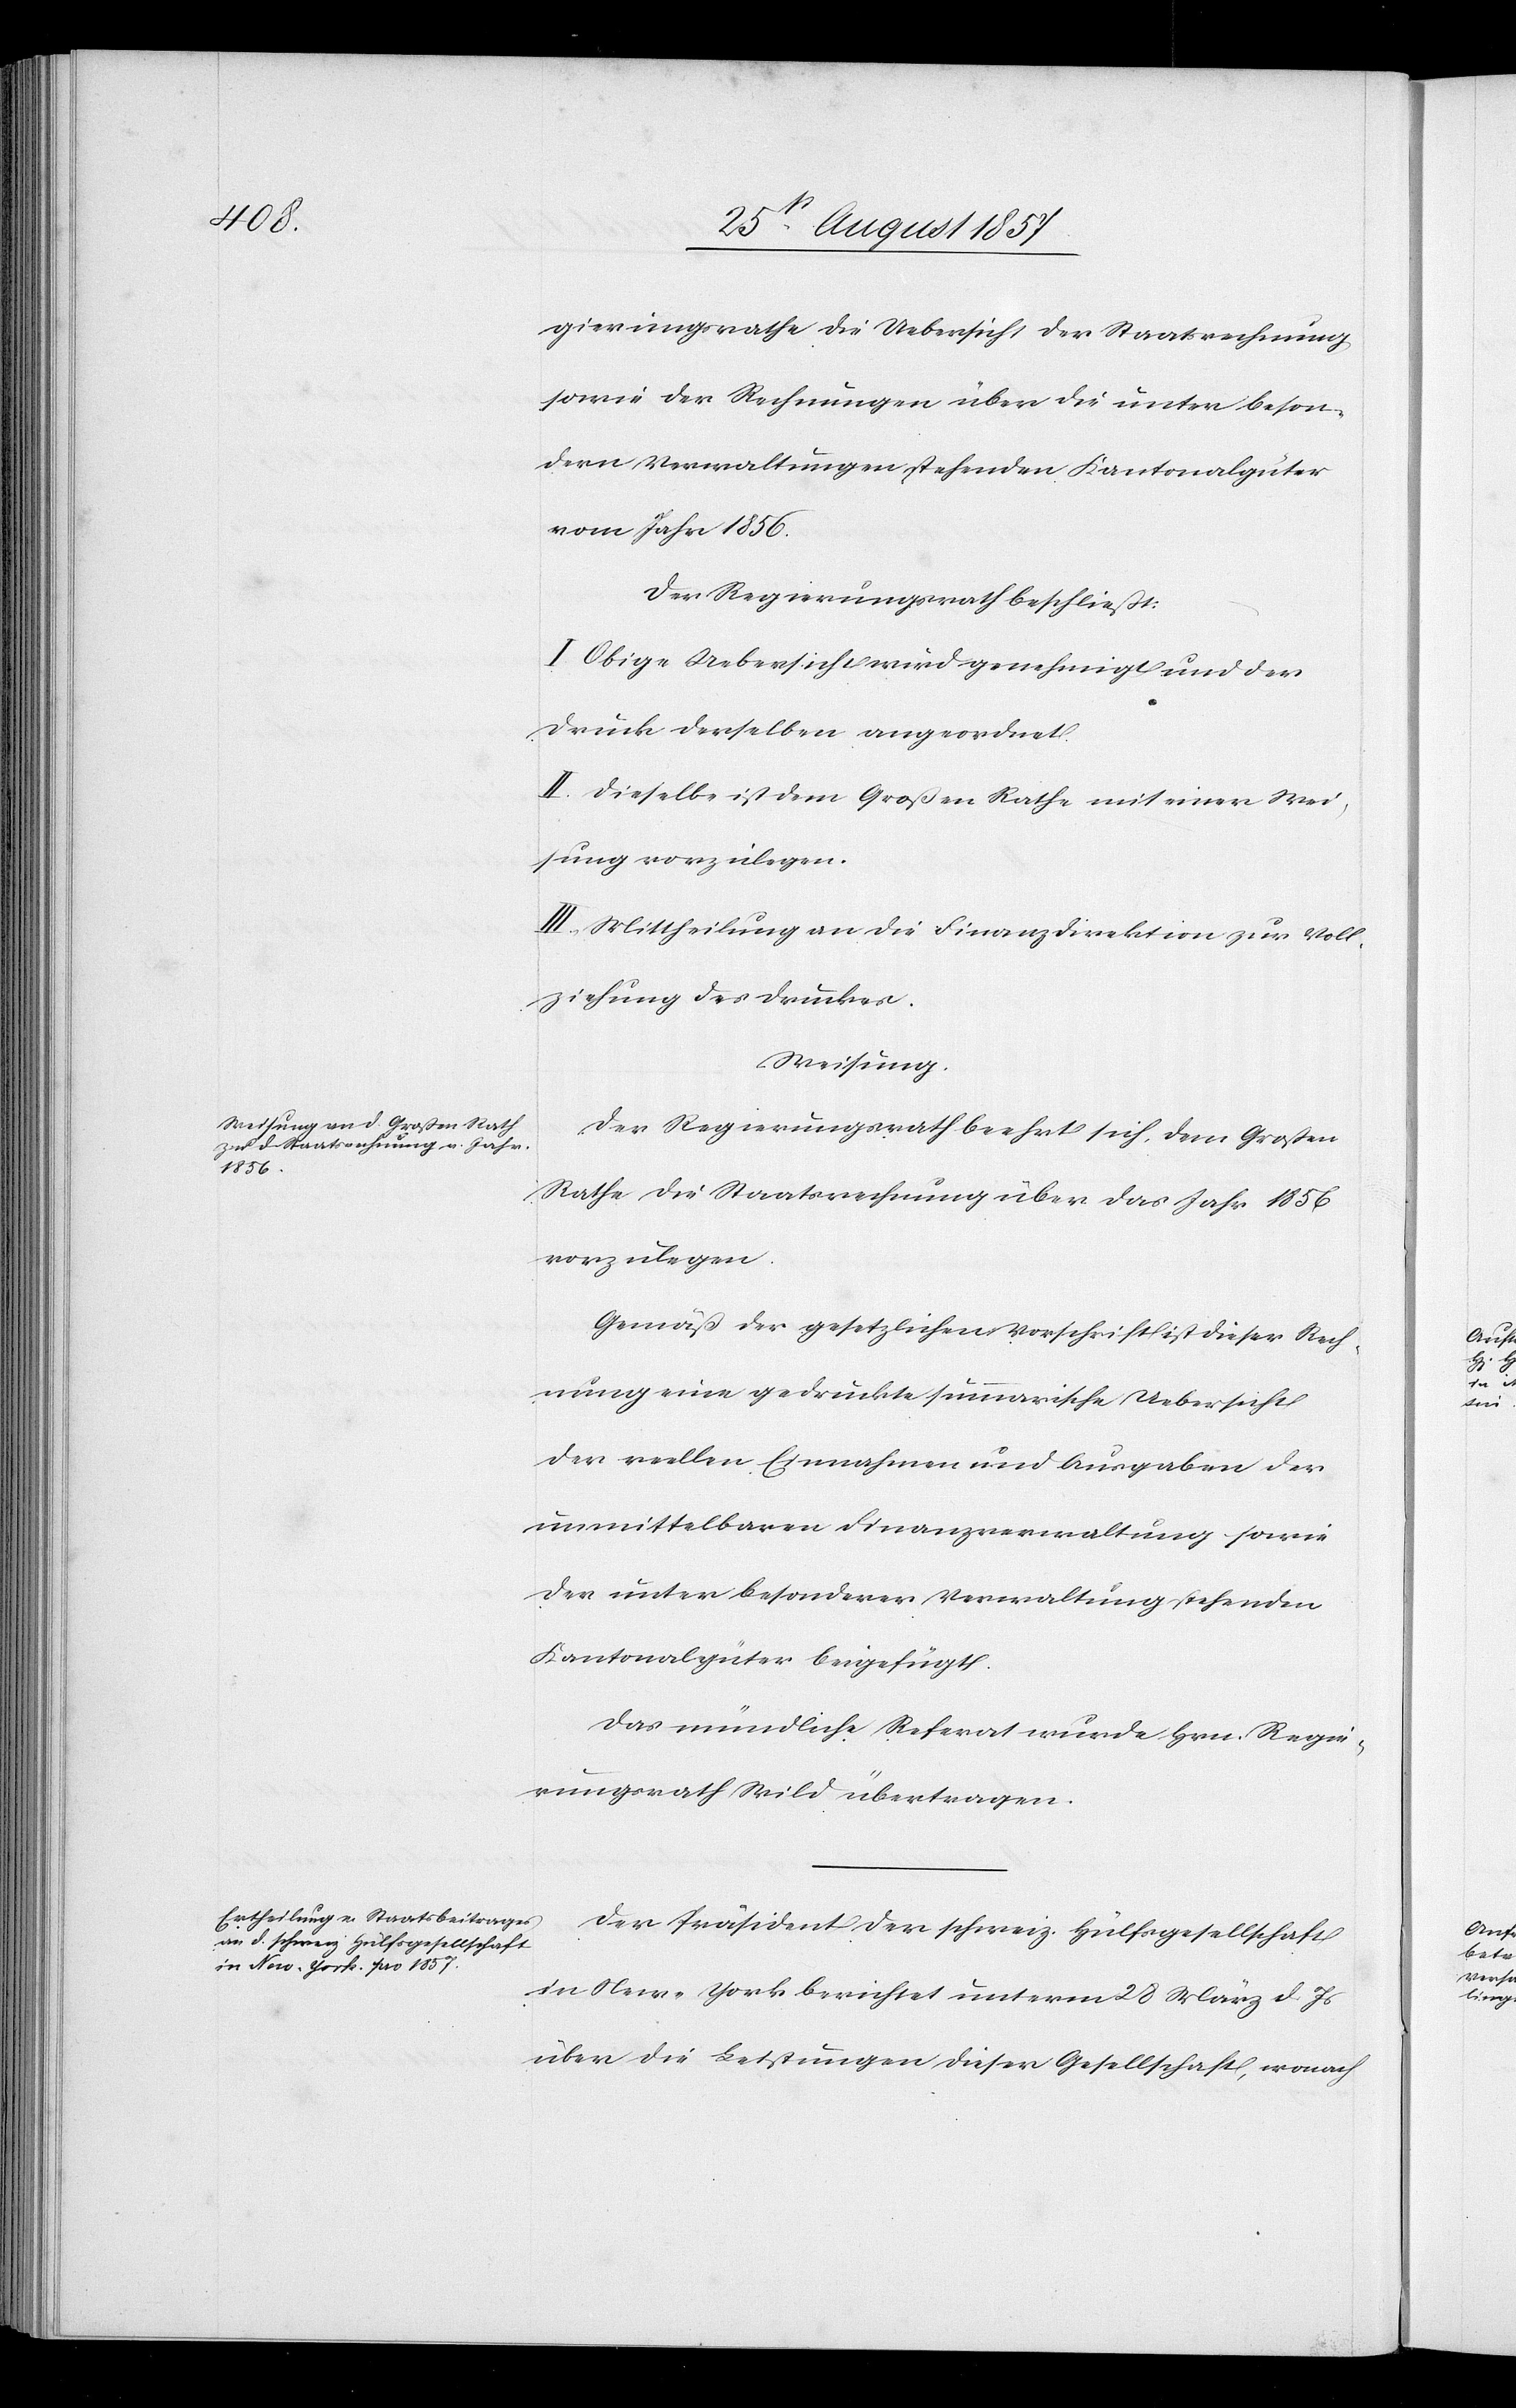
gierungsrathe die Uebersicht der Staatsrechnung
sowie der Rechnungen über die unter beson¬
dern Verwaltungen stehenden Kantonalgüter
vom Jahr 1856.
Der Regierungsrath beschließt:
Obige Uebersicht wird genehmigt und der
Druck derselben angeordnet.
II. Dieselbe ist dem Großen Rathe mit einer Wei¬
sung vorzulegen.
III. Mittheilung an die Finanzdirektion zur Voll¬
ziehung des Druckes.
Weisung.
Der Regierungsrath beehrt sich, dem Großen
Rathe die Staatsrechnung über das Jahr 1856
vorzulegen.
Gemäß der gesetzlichen Vorschrift ist dieser Rech¬
nung eine gedruckte summarische Uebersicht
der reellen Einnahmen und Ausgaben der
unmittelbaren Finanzverwaltung sowie
der unter besonderer Verwaltung stehenden
Kantonsgüter beigefügt.
Das mündliche Referat wurde Hrn. Regie¬
rungsrath Wild übertragen.
Der Präsident der schweiz. Hülfsgesellschaft
in New-York berichtet unterm 28 März d. Js.
über die Leistungen dieser Gesellschaft, wonach